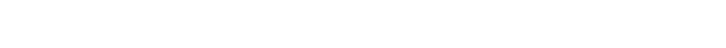
ရက်အပ်သောကြောင့် ၄၊ ပိုလ်အချိန်ရှိသော အဝတ်, သဏှတရသုတ္တဖြင့် ရက်အပ်သောကြောင့် ၃၊